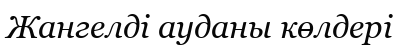
Жангелді ауданы көлдері